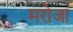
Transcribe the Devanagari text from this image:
मरोजा